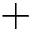
+